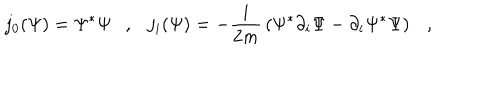
j _ { 0 } ( \Psi ) = \Psi ^ { * } \Psi , j _ { i } ( \Psi ) = - { \frac { i } { 2 m } } \left( \Psi ^ { * } \partial _ { i } \Psi - \partial _ { i } \Psi ^ { * } \Psi \right) ,